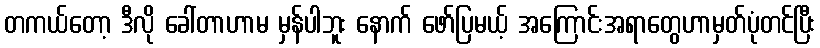
တကယ်တော့ ဒီလို ခေါ်တာဟာမ မှန်ပါဘူး နောက် ဖော်ပြမယ့် အကြောင်းအရာတွေဟာမှတ်ပုံတင်ပြီး